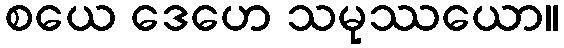
စယေ ဒေဟေ သမုဿယော။